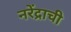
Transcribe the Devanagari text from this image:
नरेंद्राची